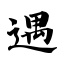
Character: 遇